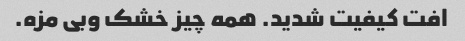
افت کیفیت شدید. همه چیز خشک و‌بی مزه.